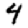
Digit: 4